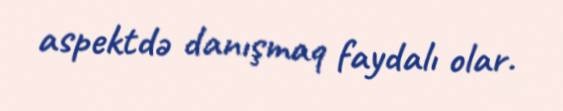
aspektdə danışmaq faydalı olar.